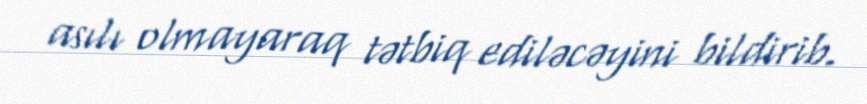
asılı olmayaraq tətbiq ediləcəyini bildirib.